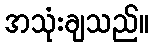
အသုံးချသည်။